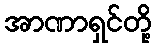
အာဏာရှင်တို့